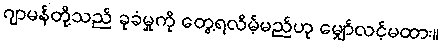
ဂျာမန်တို့သည် ခုခံမှုကို တွေ့ရလိမ့်မည်ဟု မျှော်လင့်မထား။